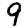
Digit: 9